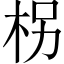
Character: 柺